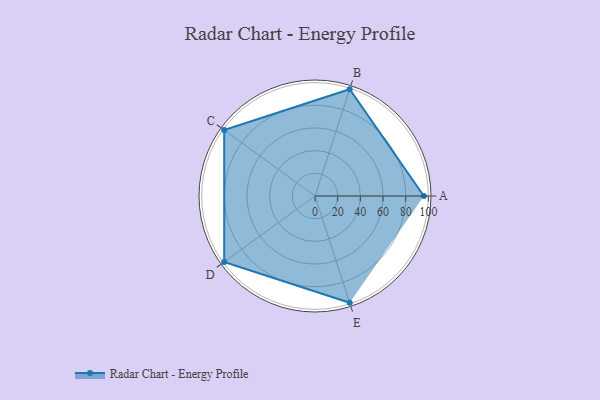
{"axis": {"x": "Skill", "y": "Score"}, "legend": ["Profile"], "data": [{"x": "A", "y": 96.0, "type": "Profile"}, {"x": "B", "y": 99, "type": "Profile"}, {"x": "C", "y": 99, "type": "Profile"}, {"x": "D", "y": 99, "type": "Profile"}, {"x": "E", "y": 99, "type": "Profile"}]}